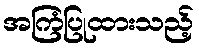
အကြံပြုထားသည့်